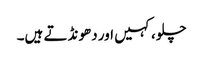
چلو، کہیں اور دھونڈتے ہیں۔